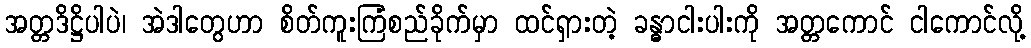
အတ္တဒိဋ္ဌိပါပဲ၊ အဲဒါတွေဟာ စိတ်ကူးကြံစည်ခိုက်မှာ ထင်ရှားတဲ့ ခန္ဓာငါးပါးကို အတ္တကောင် ငါကောင်လို့